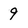
Character: 9